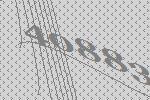
40883